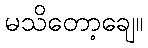
မသိတော့ချေ။